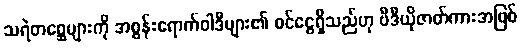
သရဲတစ္ဆေများကို အစွန်းရောက်ဝါဒီများ၏ ဝင်ငွေရှိသည်ဟု ဗီဒီယိုဇာတ်ကားအဖြစ်